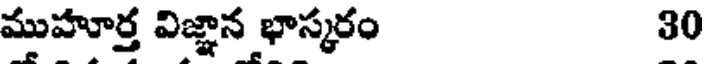
ముహూర్త విజ్ఞాన భాస్కరం 30